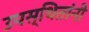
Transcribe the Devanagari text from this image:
उपस्थितांनी